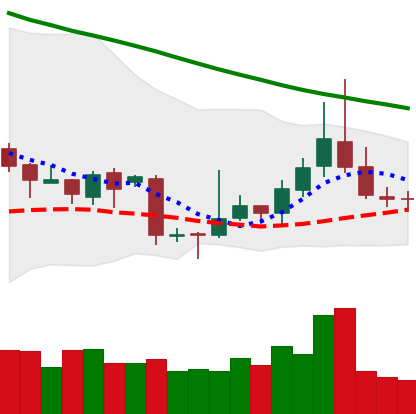
Ticker: TRX-USD
Chart end date: 2018-11-10
Forward return: -17.144%
Label: down_7plus